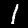
Digit: 1